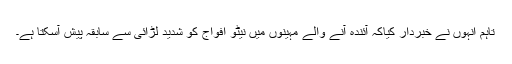
تاہم انہوں نے خبردار کیاکہ آئندہ آنے والے مہینوں میں نیٹو افواج کو شدید لڑائی سے سابقہ پیش آسکتا ہے۔